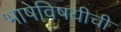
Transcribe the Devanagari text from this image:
भाषेविषयीची